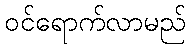
ဝင်ရောက်လာမည်